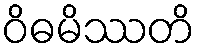
ဝိဓမိဿတိ